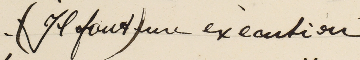
Il faut) une execution) -